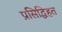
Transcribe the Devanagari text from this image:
प्रसिद्धिहत